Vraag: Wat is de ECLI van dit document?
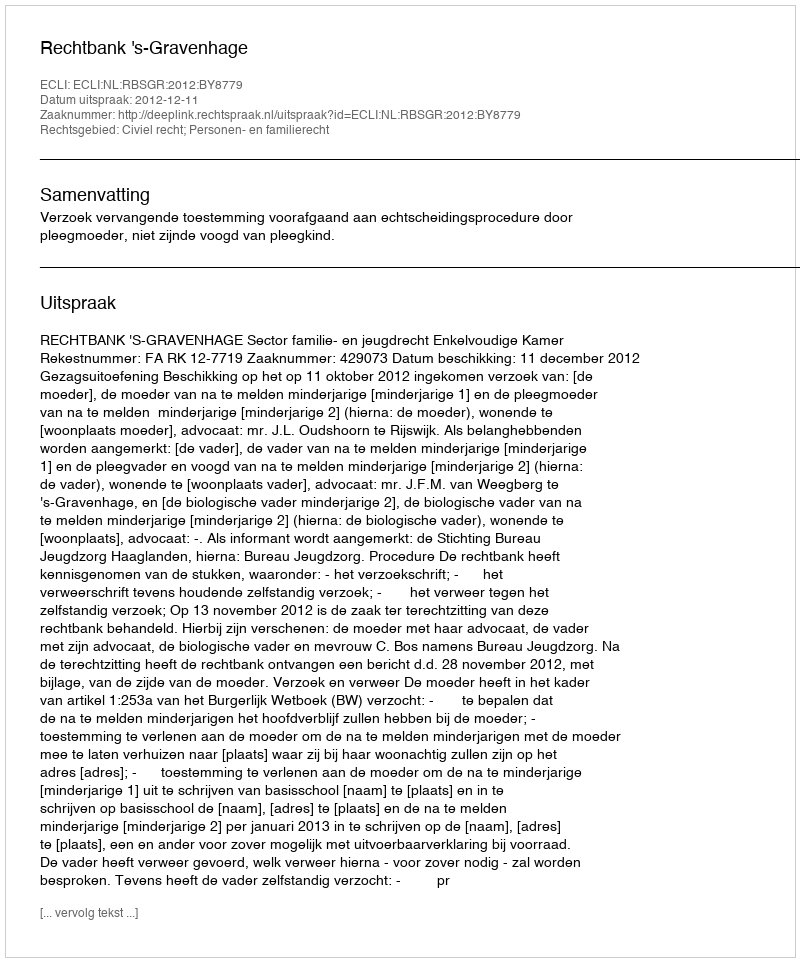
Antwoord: ECLI:NL:RBSGR:2012:BY8779